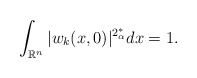
\begin{align*} \int_ {\mathbb{R}^n} |w_k(x,0)|^ {2_{\alpha}^*}dx=1.\end{align*}